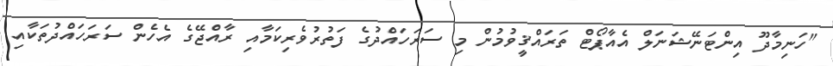
"ހަނިމާދޫ އިންޓަނޭޝަނަލް އެއާޕޯޓް ތަރައްޤީވުމުން މި ސަރަހައްދުގެ ފަތުރުވެރިކަމާއި ރާއްޖޭގެ އެހެން ސަރަހައްދުތަކާއި